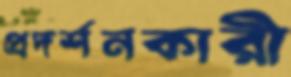
প্রদর্শনকারী